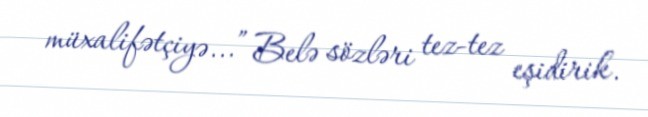
müxalifətçiyə...” Belə sözləri tez-tez eşidirik.